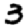
Digit: 3